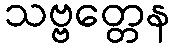
သဗ္ဗတ္တေန